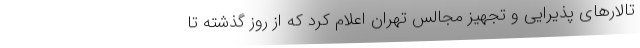
تالارهای پذیرایی و تجهیز مجالس تهران اعلام کرد که از روز گذشته تا